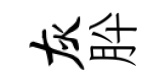
灰肸